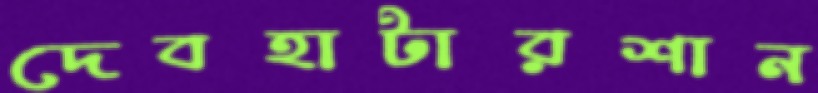
দেবহাটারশান